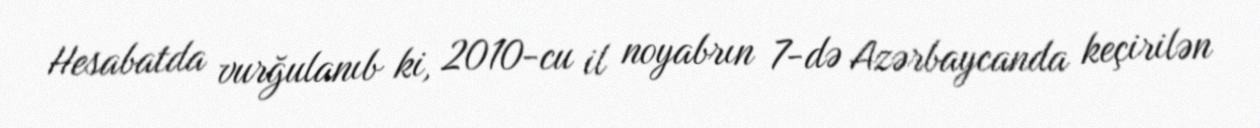
Hesabatda vurğulanıb ki, 2010-cu il noyabrın 7-də Azərbaycanda keçirilən